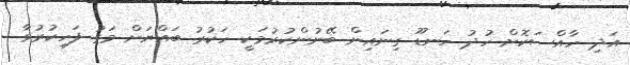
އަދި ހާއްސަކޮށް ހުދު ހަނޑޫ ގިނައިން ބޭނުންކުރުމަކީ ހަކުރު ބައްޔަށް މަގު ފަހިކުރުވާ